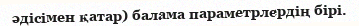
әдісімен қатар) балама параметрлердің бірі.